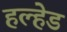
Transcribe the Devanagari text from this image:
हल्हेड